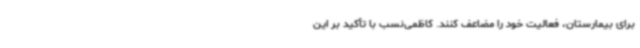
برای بیمارستان، فعالیت خود را مضاعف کنند. کاظمی‌نسب با تأکید بر این